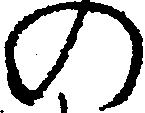
の